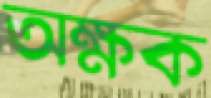
অক্ষক